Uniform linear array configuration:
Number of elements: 12
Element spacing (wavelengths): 1
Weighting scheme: hamming
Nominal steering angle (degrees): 60
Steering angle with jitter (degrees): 60.67
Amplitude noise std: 0.05
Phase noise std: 0.05

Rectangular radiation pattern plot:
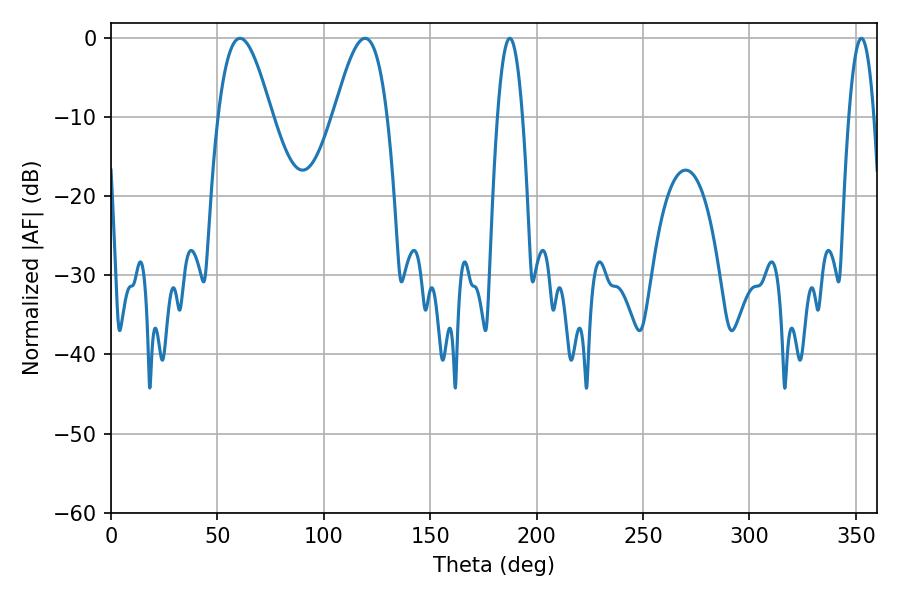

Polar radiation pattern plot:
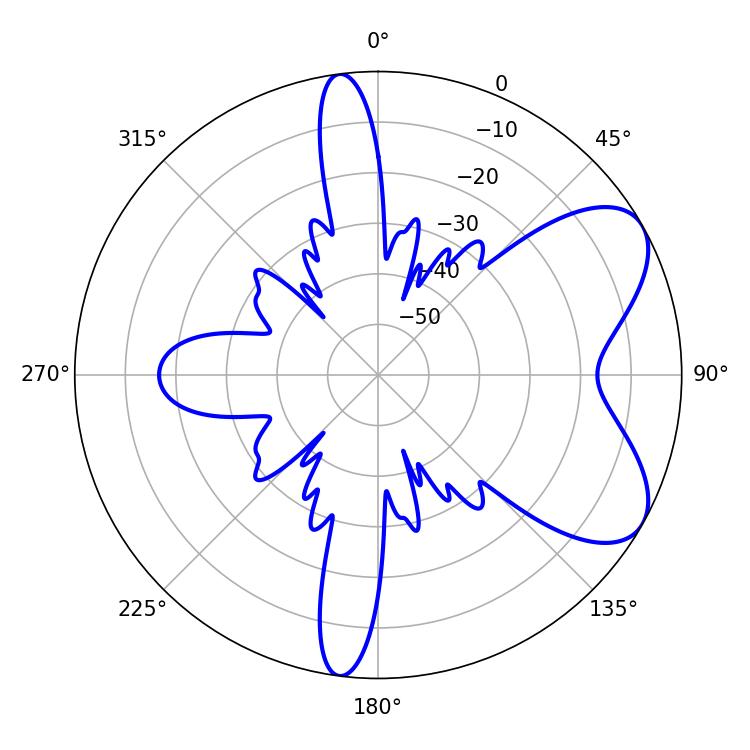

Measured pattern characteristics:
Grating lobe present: TRUE
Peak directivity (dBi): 6.7
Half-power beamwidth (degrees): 6.48
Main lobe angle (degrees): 187.38